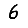
Digit: 6